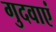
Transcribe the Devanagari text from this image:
गुदवाएं